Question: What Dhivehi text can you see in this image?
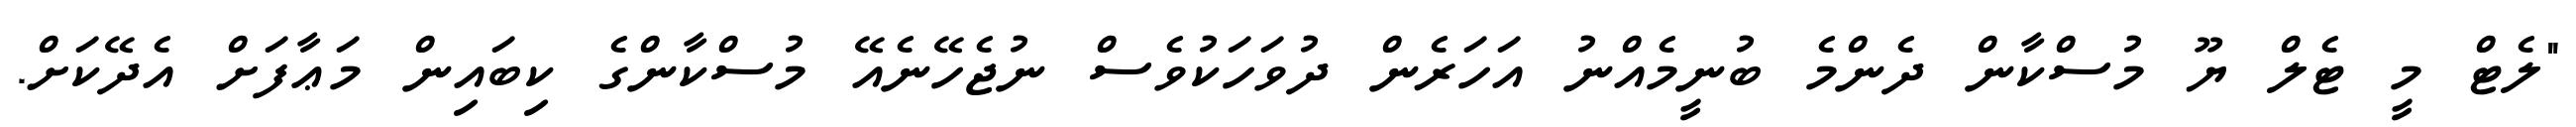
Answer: "ލެޓް މީ ޓެލް ޔޫ މުސްކާން ދެންމެ ބުނީމެއްނު އަހަރެން ދުވަހަކުވެސް ނުޖެހޭނެއޭ މުސްކާންގެ ކިބައިން މަޢާފަށް އެދޭކަށް.